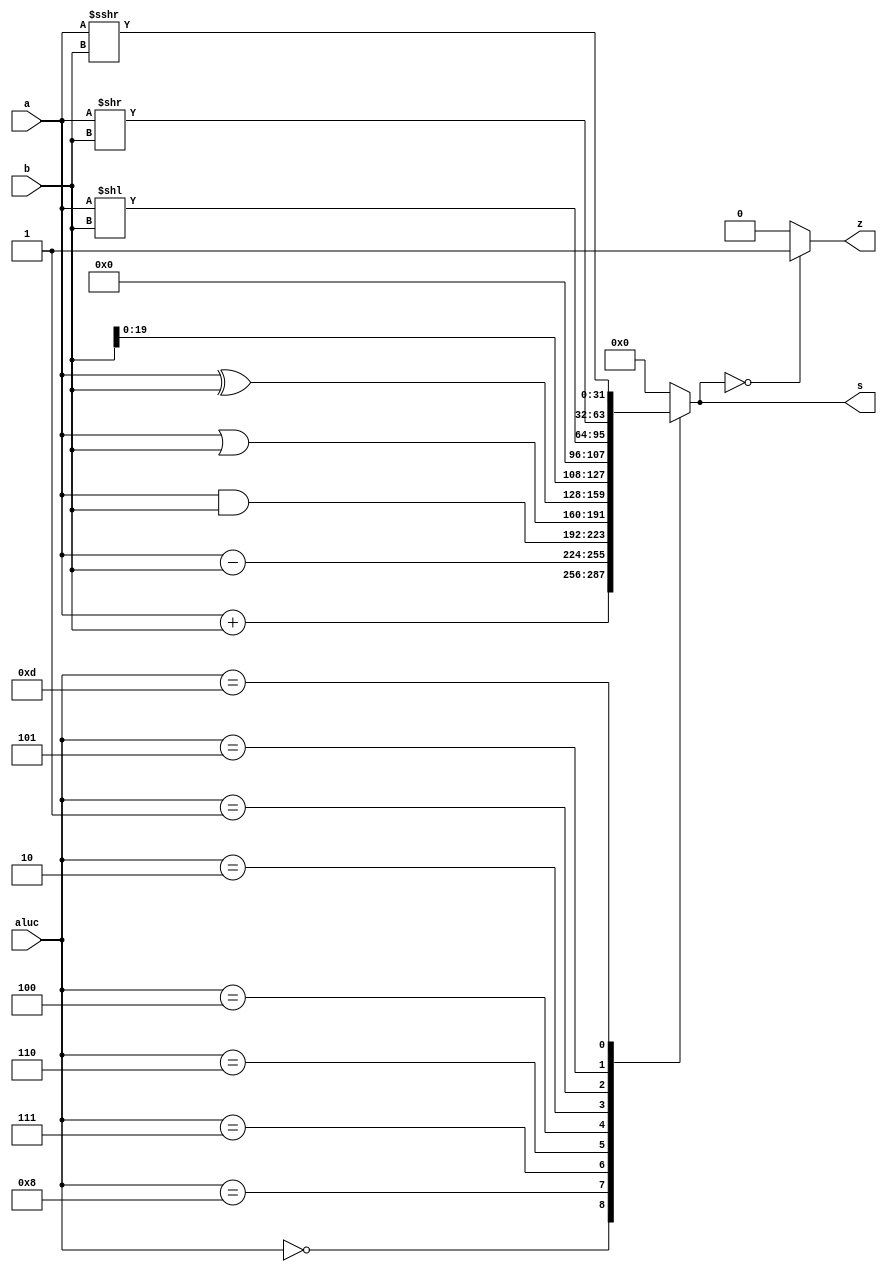
module alu (a,b,aluc,s,z);
   input [31:0] a,b;
   input [3:0] aluc;
   output [31:0] s;
   output        z;
   wire z;
   wire [31:0] s;

   always @ (a or b or aluc) begin
      case (aluc)
         4'b0000: s = a + b;             // 0000 ADD
         4'b1000: s = a - b;             // 1000 SUB
         4'b0111: s = a & b;             // 0111 AND
         4'b0110: s = a | b;             // 0110 OR
         4'b0100: s = a ^ b;             // 0100 XOR
         4'b0010: s = {b[19:0], 12'b0};  // 0010 LUI:{lui_imm ,12'b0}
         4'b0001: s = a << b;            // 0001 SLL: rd <- (rs1 << rs2)
         4'b0101: s = a >> b;            // 0101 SRL: rd <- (rs1 >>rs2) (logical)
         4'b1101: s = $signed(a) >>> b;  // 1101 SRA: rd <- (rs1 >> rs2) (arithmetic)
         default: s = 0;
      endcase

      if (s == 0) z = 1;
      else z = 0;
   end
endmodule